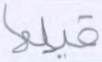
قبلها